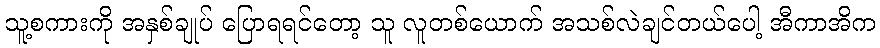
သူ့စကားကို အနှစ်ချုပ် ပြောရရင်တော့ သူ လူတစ်ယောက် အသစ်လဲချင်တယ်ပေါ့ အီကာအိက